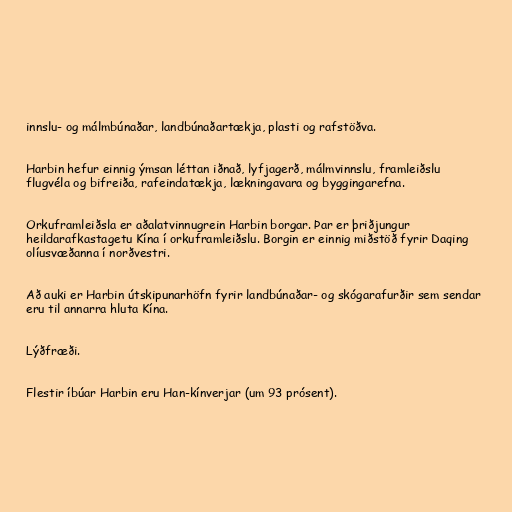
innslu- og málmbúnaðar, landbúnaðartækja, plasti og rafstöðva.

Harbin hefur einnig ýmsan léttan iðnað, lyfjagerð, málmvinnslu, framleiðslu
flugvéla og bifreiða, rafeindatækja, lækningavara og byggingarefna.

Orkuframleiðsla er aðalatvinnugrein Harbin borgar. Þar er þriðjungur
heildarafkastagetu Kína í orkuframleiðslu. Borgin er einnig miðstöð fyrir Daqing
olíusvæðanna í norðvestri.

Að auki er Harbin útskipunarhöfn fyrir landbúnaðar- og skógarafurðir sem sendar
eru til annarra hluta Kína.

Lýðfræði.

Flestir íbúar Harbin eru Han-kínverjar (um 93 prósent).